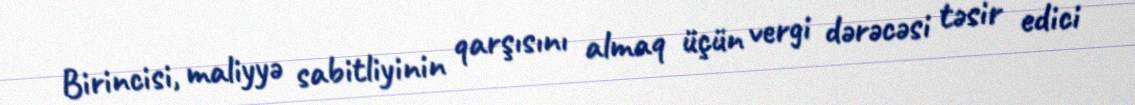
Birincisi, maliyyə sabitliyinin qarşısını almaq üçün vergi dərəcəsi təsir edici